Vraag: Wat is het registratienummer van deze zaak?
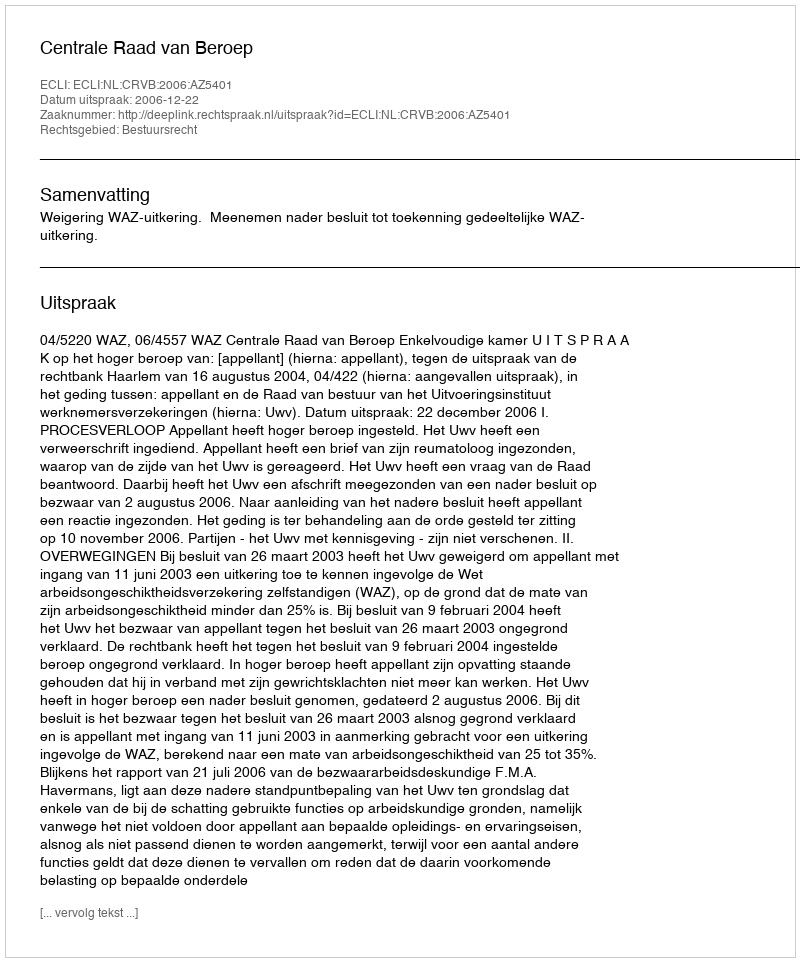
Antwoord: http://deeplink.rechtspraak.nl/uitspraak?id=ECLI:NL:CRVB:2006:AZ5401